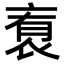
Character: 𬡑